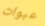
عبوات